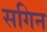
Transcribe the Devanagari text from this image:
सगिन